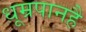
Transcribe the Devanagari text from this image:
धूम्रपानहै